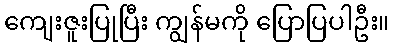
ကျေးဇူးပြုပြီး ကျွန်မကို ပြောပြပါဦး။